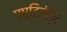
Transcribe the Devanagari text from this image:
षष्टितंत्र